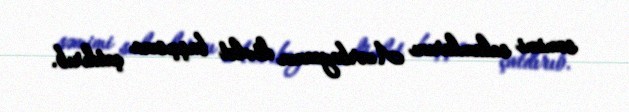
səmimi salamlarını Azərbaycanın dövlət başçısına çatdırıb.